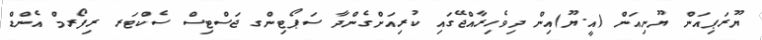
ޔޫރަޕިއަން ޔޫނިއަން (އީ.ޔޫ)އިން ދިވެހިރާއްޖޭގައި ކުރިއަށްގެންދާ ސަޕޯޓިންގ ޖަސްޓިސް ސެކްޓަރ ރިފޯރމް އެންޑް